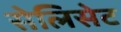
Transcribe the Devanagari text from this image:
सेलिसेट